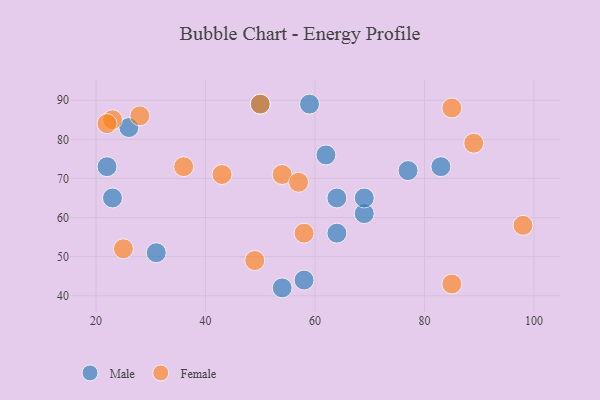
{"axis": {"x": "GDP", "y": "Life Expectancy"}, "legend": ["Female", "Male"], "data": [{"x": "26", "y": 83, "type": "Male"}, {"x": "54", "y": 42, "type": "Male"}, {"x": "58", "y": 44, "type": "Male"}, {"x": "59", "y": 89, "type": "Male"}, {"x": "23", "y": 65, "type": "Male"}, {"x": "64", "y": 65, "type": "Male"}, {"x": "50", "y": 89, "type": "Male"}, {"x": "69", "y": 61, "type": "Male"}, {"x": "83", "y": 73, "type": "Male"}, {"x": "31", "y": 51, "type": "Male"}, {"x": "62", "y": 76, "type": "Male"}, {"x": "64", "y": 56, "type": "Male"}, {"x": "69", "y": 65, "type": "Male"}, {"x": "77", "y": 72, "type": "Male"}, {"x": "22", "y": 73, "type": "Male"}, {"x": "23", "y": 85, "type": "Female"}, {"x": "54", "y": 71, "type": "Female"}, {"x": "43", "y": 71, "type": "Female"}, {"x": "28", "y": 86, "type": "Female"}, {"x": "36", "y": 73, "type": "Female"}, {"x": "49", "y": 49, "type": "Female"}, {"x": "57", "y": 69, "type": "Female"}, {"x": "50", "y": 89, "type": "Female"}, {"x": "25", "y": 52, "type": "Female"}, {"x": "85", "y": 43, "type": "Female"}, {"x": "85", "y": 88, "type": "Female"}, {"x": "58", "y": 56, "type": "Female"}, {"x": "89", "y": 79, "type": "Female"}, {"x": "98", "y": 58, "type": "Female"}, {"x": "22", "y": 84, "type": "Female"}]}